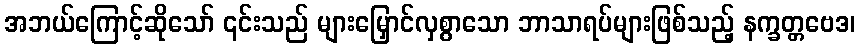
အဘယ်ကြောင့်ဆိုသော် ၎င်းသည် များမြှောင်လှစွာသော ဘာသာရပ်များဖြစ်သည့် နက္ခတ္တဗေဒ၊